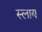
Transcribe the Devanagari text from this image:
स्लाय